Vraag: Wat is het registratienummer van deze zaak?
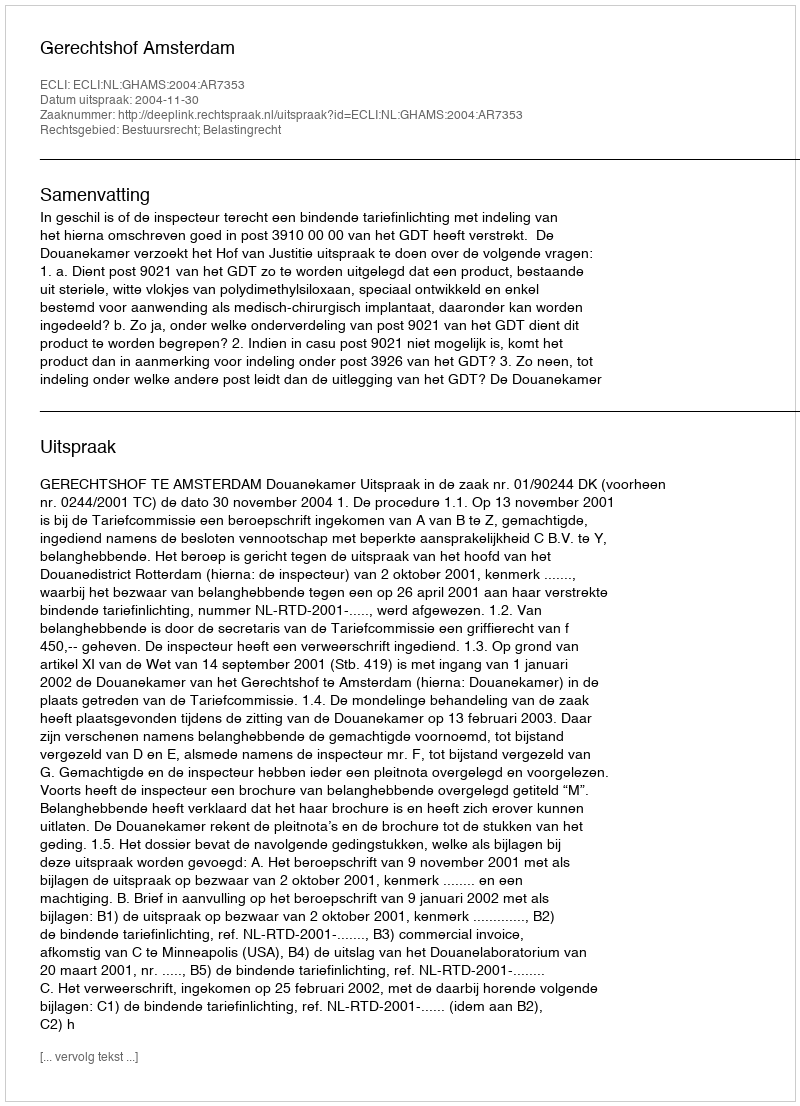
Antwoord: http://deeplink.rechtspraak.nl/uitspraak?id=ECLI:NL:GHAMS:2004:AR7353